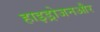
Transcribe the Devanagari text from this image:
हाइड्रोजनऔर